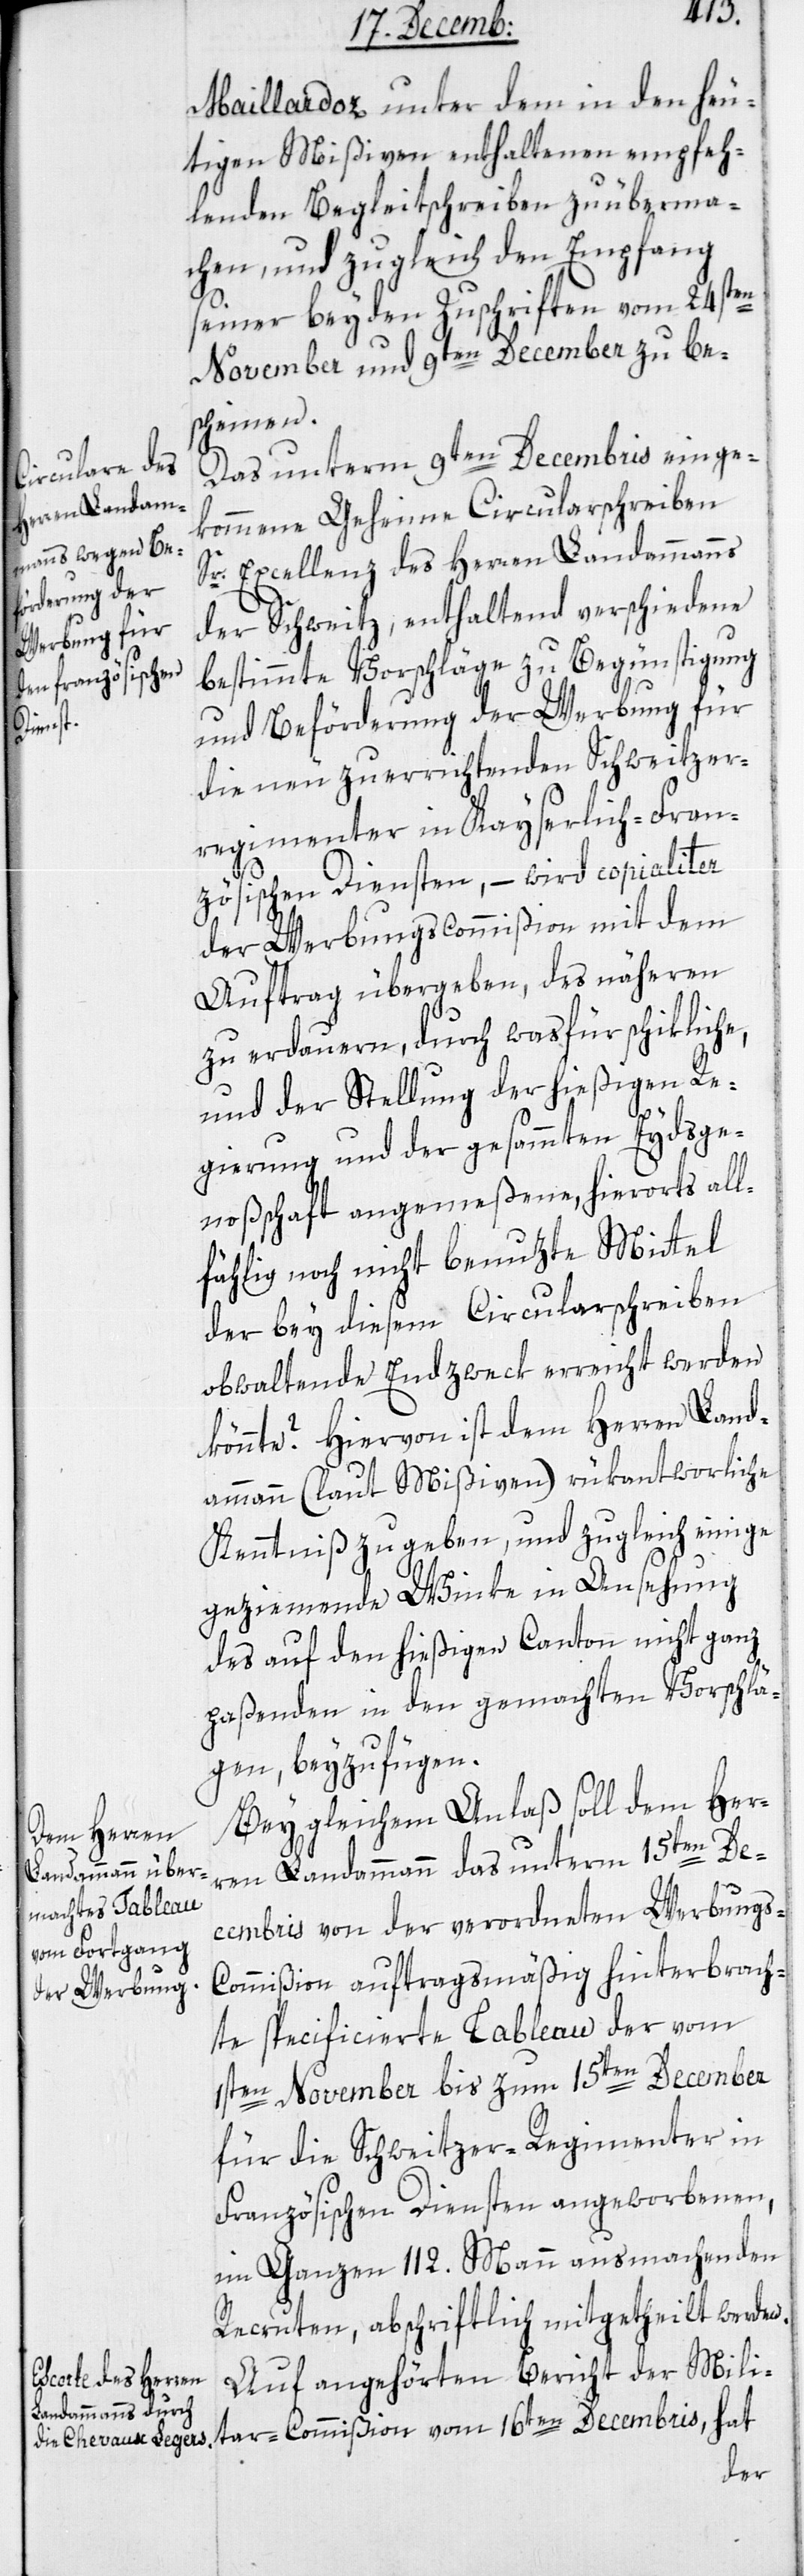
Maillardoz unter dem in den heu¬
tigen Mißiven enthaltenen empfeh¬
lenden Begleitschreiben zu überma¬
chen, und zugleich den Empfang
seiner beyden Zuschriften vom 24sten
November und 9ten December zu be¬
scheinen.
Das unterm 9ten Decembris einge¬
kommene Geheime Circularschreiben
Sr. Excellenz des Herren Landammanns
der Schweitz, enthaltend verschiedene
bestimmte Vorschläge zu Begünstigung
und Beförderung der Werbung für
ißion
die neu zu errichtenden Schweitzer¬
regimenter in Kayserlich-Fran¬
zösischen Diensten, – wird copialiter
der Werbungscommißion mit dem
Auftrag übergeben, des näheren
zu erdauern, durch was für schikliche,
und der Stellung der hießigen Re¬
gierung und der gesammten Eydsge¬
noßschaft angemeßene, hierorts all¬
fällig noch nicht benuzte Mittel
der bey diesem Circularschreiben
obwaltende Endzweck errecht werden
könnte? Hiervon ist dem Herren Land¬
ammann (laut Mißiven) rükantwortliche
Kenntniß zu geben, und zugleich einige
geziemende Winke in Ansehung
des auf den hießigen Canton nicht ganz
paßenden in den gemachten Vorschlä¬
gen, beyzufügen.
Bey gleichem Anlaß soll dem Her¬
ren Landammann das unterm 15ten De¬
cembris von der verordneten Werbung¬
s-Commißion auftagsmäßig hinterbrach¬
te specificierte Tableau der vom
1sten November bis zum 15ten December
für die Schweitzer-Regimenter in
Französischen Diensten angeworbenen,
im Ganzen 112. Mann ausmachenden
Recruten, abschriftlich mitgetheilt werden.
Auf angehörten Bericht der Milita¬